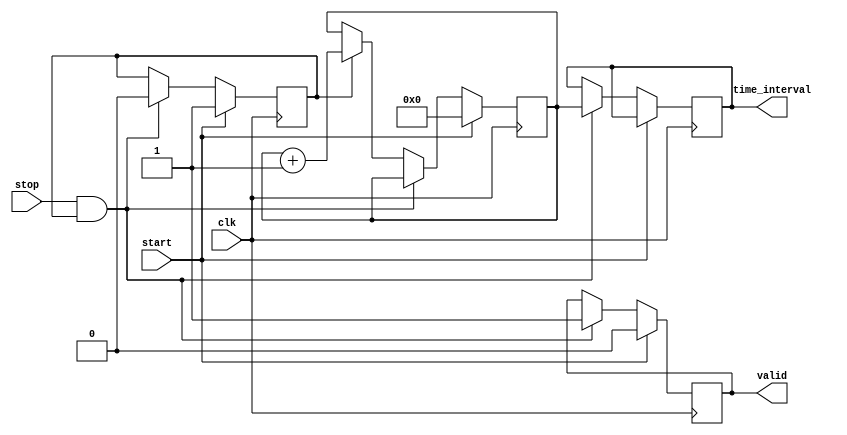
module TDC (
    input wire clk,          // Clock signal
    input wire start,        // Start signal
    input wire stop,         // Stop signal
    output reg [15:0] time_interval, // Measured time interval in clock cycles
    output reg valid         // Indicates valid measurement
);

    // Counter to count clock cycles
    reg [15:0] counter;      // 16-bit counter
    reg counting;            // Counting state flag

    // Memory block (FIFO) to store measured intervals
    reg [15:0] memory [0:15]; // 16 entries of 16-bit memory
    reg [3:0] write_pointer;  // Pointer for writing to memory
    reg [3:0] read_pointer;   // Pointer for reading from memory
    reg memory_full;          // Flag to indicate if memory is full

    // Control logic
    always @(posedge clk) begin
        if (start) begin
            // Reset counter and start counting
            counter <= 16'b0;
            counting <= 1'b1;
            valid <= 1'b0; // Reset valid flag
        end else if (stop && counting) begin
            // Stop counting and store the measured interval
            counting <= 1'b0;
            time_interval <= counter; // Store the measured time interval
            
            // Store in memory if not full
            if (!memory_full) begin
                memory[write_pointer] <= counter;
                write_pointer <= write_pointer + 1;
                if (write_pointer == 4'b1111) begin
                    memory_full <= 1'b1; // Memory is full
                end
            end
            
            valid <= 1'b1; // Set valid flag
        end else if (counting) begin
            // Increment counter while counting
            counter <= counter + 1;
        end
    end

    // Memory read logic (for demonstration purposes)
    always @(posedge clk) begin
        if (valid) begin
            // Read from memory (could be implemented as needed)
            // For example, you could output the last stored measurement
            // or implement a read pointer to access stored values.
            // This part is left for further implementation based on requirements.
        end
    end

    // Reset logic for memory pointers
    always @(posedge clk) begin
        if (start) begin
            write_pointer <= 4'b0; // Reset write pointer
            read_pointer <= 4'b0;  // Reset read pointer
            memory_full <= 1'b0;   // Reset memory full flag
        end
    end

endmodule